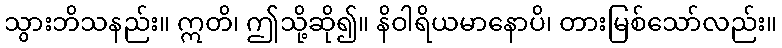
သွားဘိသနည်း။ ဣတိ၊ ဤသို့ဆို၍။ နိဝါရိယမာနောပိ၊ တားမြစ်သော်လည်း။